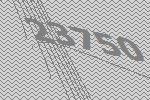
23750